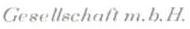
Gesellschaft m.b.H.